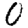
Digit: 0